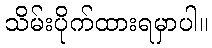
သိမ်းပိုက်ထားရမှာပါ။